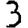
Digit: 3